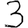
Digit: 3